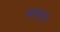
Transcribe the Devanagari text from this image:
अनांत्म